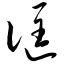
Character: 诓